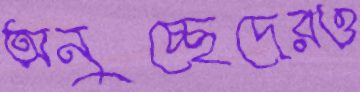
অনুচ্ছেদেরও